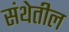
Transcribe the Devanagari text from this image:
संथेतील